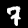
Digit: 7